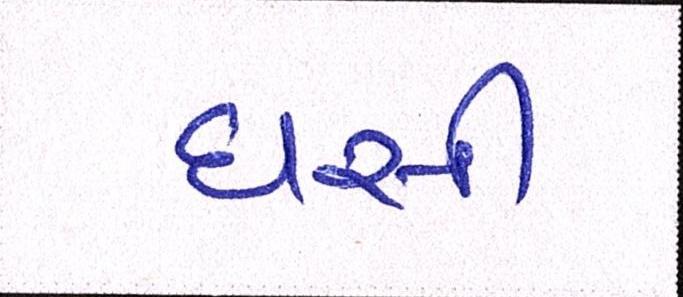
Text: ઘસી